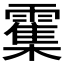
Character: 𫕱